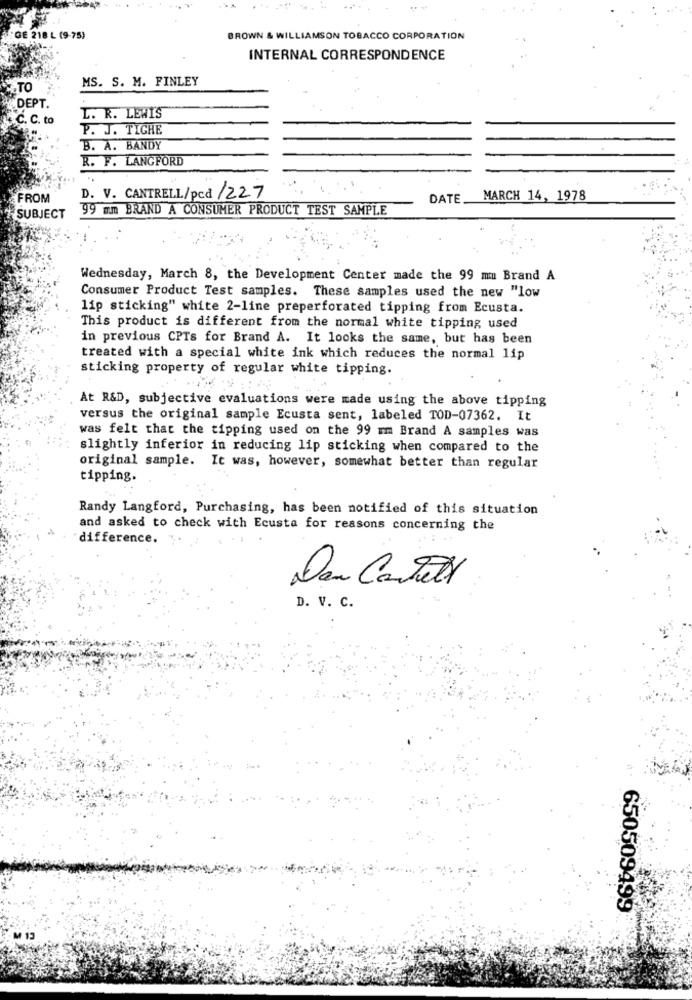
GE 218 L (9-75)
BROWN & WILLIAMSON TOBACCO CORPORATION
INTERNAL CORRESPONDENCE
MS. S. M. FINLEY
TO
DEPT.
+C. C. to
L. R. LEWIS
P. J. TICHE
B. A. BANDY
R. F. LANGFORD
FROM
D. V. CANTRELL/pcd /227
DATE.
MARCH 14, 1978
99 mm BRAND A CONSUMER PRODUCT TEST SAMPLE
SUBJECT
Wednesday, March 8, the Development Center made the 99 mu Brand A
Consumer Product Test samples. These samples used the new "low
lip sticking" white 2-line preperforated tipping from Ecusta.
This product is different from the normal white tipping used
in previous CPTs for Brand A. It looks the same, but has been
treated with a special white ink which reduces the normal lip
sticking property of regular white tipping.
At R&D, subjective evaluations were made using the above tipping
versus the original sample Ecusta sent, labeled TOD-07362. It
was felt that the tipping used on the 99 mm Brand A samples was
slightly inferior in reducing lip sticking when compared to the
original sample. It was, however, somewhat better than regular
tipping.
Randy Langford, Purchasing, has been notified of this situation
and asked to check with Ecusta for reasons concerning the
difference.
Den CanTell
D. V. C.
650509499